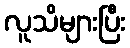
လူသိများပြီး